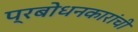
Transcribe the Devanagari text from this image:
प्रबोधनकारांची